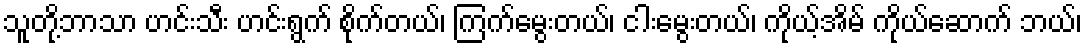
သူတို့ဘာသာ ဟင်းသီး ဟင်းရွက် စိုက်တယ်၊ ကြက်မွေးတယ်၊ ငါးမွေးတယ်၊ ကိုယ့်အိမ် ကိုယ်ဆောက် ဘယ်၊